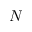
N